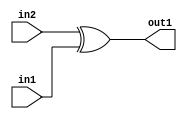
`timescale 1ps / 1ps
/*****************************************************************************
    Verilog RTL Description
    
    
    Created by: Stratus DpOpt 21.05.01 
*******************************************************************************/

module SobelFilter_Xor_1Ux1U_1U_4 (
	in2,
	in1,
	out1
	); /* architecture "behavioural" */ 
input  in2,
	in1;
output  out1;
wire  asc001;

assign asc001 = 
	(in2)
	^(in1);

assign out1 = asc001;
endmodule

/* CADENCE  urf0Tw4= : u9/ySxbfrwZIxEzHVQQV8Q== ** DO NOT EDIT THIS LINE ******/